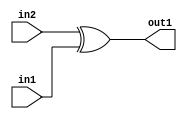
`timescale 1ps / 1ps
/*****************************************************************************
    Verilog RTL Description
    
    
    Created by: Stratus DpOpt 21.05.01 
*******************************************************************************/

module SobelFilter_Xor_1Ux1U_1U_4 (
	in2,
	in1,
	out1
	); /* architecture "behavioural" */ 
input  in2,
	in1;
output  out1;
wire  asc001;

assign asc001 = 
	(in2)
	^(in1);

assign out1 = asc001;
endmodule

/* CADENCE  urf0Tw4= : u9/ySxbfrwZIxEzHVQQV8Q== ** DO NOT EDIT THIS LINE ******/